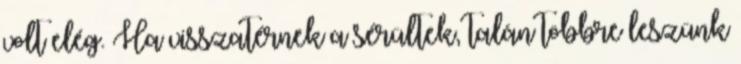
volt elég. Ha visszatérnek a sérültek, talán többre leszünk